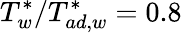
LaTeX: T_{w}^{\ast}/T_{ad,w}^{\ast}=0.8